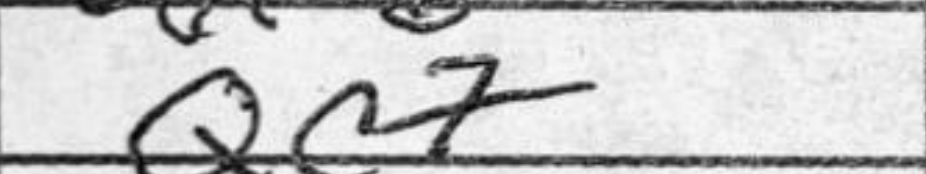
Transcription: Qc7